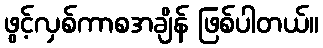
ဖွင့်လှစ်ကာစအချိန် ဖြစ်ပါတယ်။